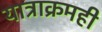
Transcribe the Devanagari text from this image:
यात्राक्रमही